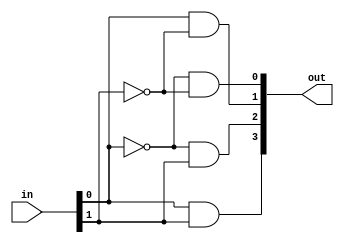
module decoder_structural(out, in);
	output [3:0] out; // 4out
	input [1:0] in; // 2input
	
	and and1(out[0], ~in[0], ~in[1]); // 00  out0 1  0
	and and2(out[1], in[0], ~in[1]); // 01  out1 1
	and and3(out[2], ~in[0], in[1]); // 10  out2 1
	and and4(out[3], in[0], in[1]); // 11  out3 1
endmodule